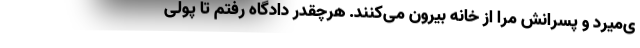
ی‌میرد و پسرانش مرا از خانه بیرون می‌کنند. هرچقدر دادگاه رفتم تا پولی